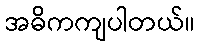
အဓိကကျပါတယ်။